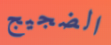
الضجيج